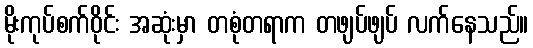
မိုးကုပ်စက်ဝိုင်း အဆုံးမှာ တစုံတရာက တဖျပ်ဖျပ် လက်နေသည်။